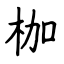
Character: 枷